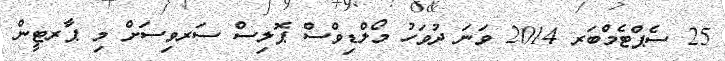
25 ސެޕްޓެމްބަރ 2014 ވަނަ ދުވަހު މޯލްޑިވްސް ޕޮލިސް ސަރވިސަށް މި ޕާރޓީން